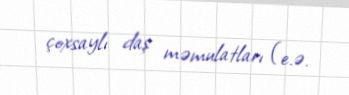
çoxsaylı daş məmulatları (e.ə.